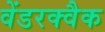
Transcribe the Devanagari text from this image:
वेंडरक्वैक